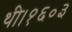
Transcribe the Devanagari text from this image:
थी।१६०३